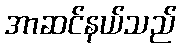
အာဆင်နယ်သည်